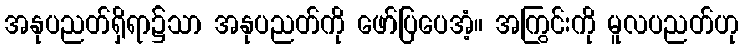
အနုပညတ်ရှိရာ၌သာ အနုပညတ်ကို ဖော်ပြပေအံ့။ အကြွင်းကို မူလပညတ်ဟု